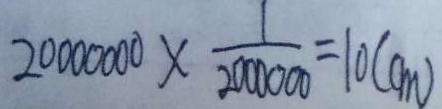
2 0 0 0 0 0 0 0 \times \frac { 1 } { 2 0 0 0 0 0 0 } = 1 0 ( c m )